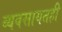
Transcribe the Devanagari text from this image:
व्यवसायतही